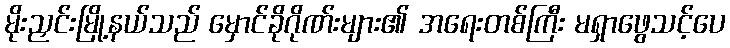
မိုးညှင်းမြို့နယ်သည် မှောင်ခိုဂိုဏ်းများ၏ အရေးတစ်ကြီး မရှာဖွေသင့်ပေ